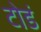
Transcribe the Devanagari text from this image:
टोडं